Newspaper: Orleans County monitor. [volume]
Place of publication: Barton, Vt.
Publisher: E.H. Webster
Date: 1880-07-26 00:00:00
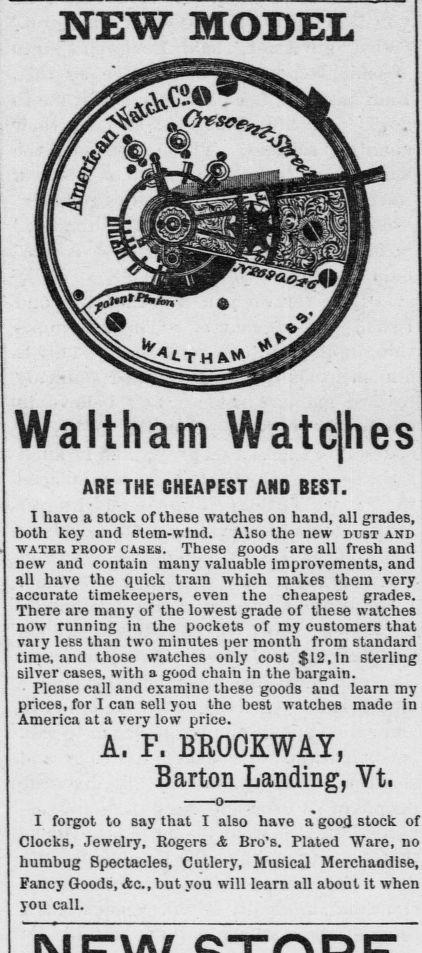
Advertisement text (OCR):
NEW MODEL Waltham Watcjhes ARE THE CHEAPEST AND BEST. I have a stock of these watches on hand, all grades, both key and stem-wind. Also the new dust and water proof cases. These goods are all fresh and new and contain many valuable improvements, and all have the quick train which makes them very accurate timekeepers, even the cheapest grades. There are many of the lowest grade of these watches now running in the pockets of my customers that vary less than two minutes per month from standard time, and those watches only cost $12, In sterling silver cases, with a good chain in the bargain. Please call and examine these goods and learn my prieeB, for I can sell you the best watches made in America at a very low price. A. F. BEOOKWAY, Barton Landing, Vt. o I forgot to say that I also have a good stock of Clocks, Jewelry, Rogers & Bro's. Plated Ware, no humbug Spectacles, Cutlery, Musical Merchandise, Fancy Goods, Ac, but yon will learn all about it when you call.
Label: illustrations